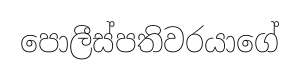
පොලීස්පතිවරයාගේ